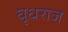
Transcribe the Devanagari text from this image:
घृधराज